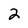
Character: 2